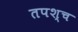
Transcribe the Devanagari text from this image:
तपश्च